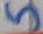
Text: 5